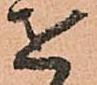
を